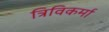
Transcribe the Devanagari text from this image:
त्रिविकर्मा